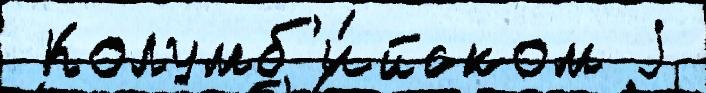
 Колумб'и́йском j